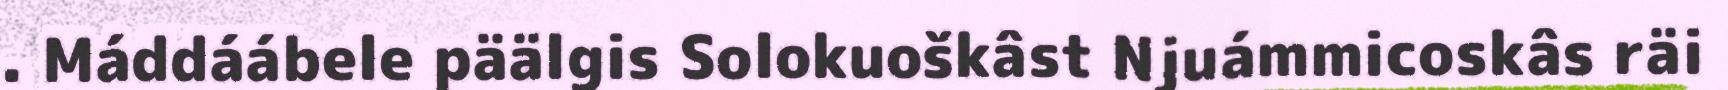
. Máddáábele päälgis Solokuoškâst Njuámmicoskâs räi